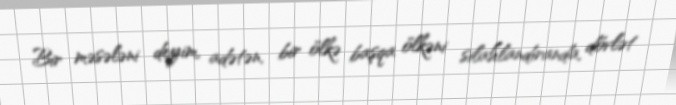
Bir məsələni deyim, adətən, bir ölkə başqa ölkəni silahlandıranda, dövlət